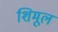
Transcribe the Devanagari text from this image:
शिमूल